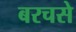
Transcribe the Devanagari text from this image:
बरचसे